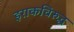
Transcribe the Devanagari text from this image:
इराकविरुद्ध